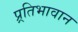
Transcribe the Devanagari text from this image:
प्र्रतिभावान